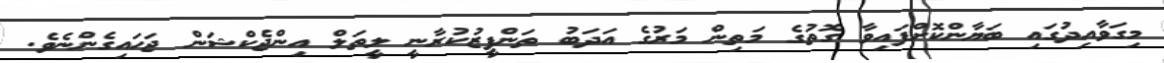
މިގަވާއިދުގައި ބަޔާންކޮށްފައިވާ ގޮތުގެ މަތިން މަރުގެ އަދަބު ތަންފީޒުކުރާނީ ލީތަލް އިންޖެކްޝަން ޖަހައިގެންނެވެ.